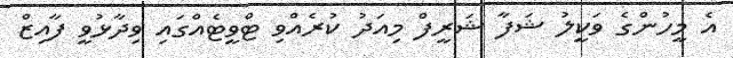
އެ މީހުންގެ ވަކީލު ޝަފާ ޝަރީފް މިއަދު ކުރެއްވި ޓްވީޓެއްގައި ވިދާޅުވީ ފާއިޒް